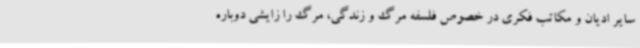
سایر ادیان و مکاتب فکری در خصوص فلسفه مرگ و زندگی، مرگ را زایشی دوباره